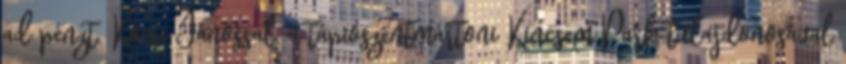
ad pénzt. Kocsi Jánossal, a tápiószentmártoni Kincsem Park tulajdonosával